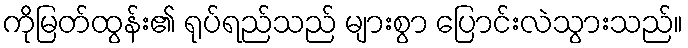
ကိုမြတ်ထွန်း၏ ရုပ်ရည်သည် များစွာ ပြောင်းလဲသွားသည်။